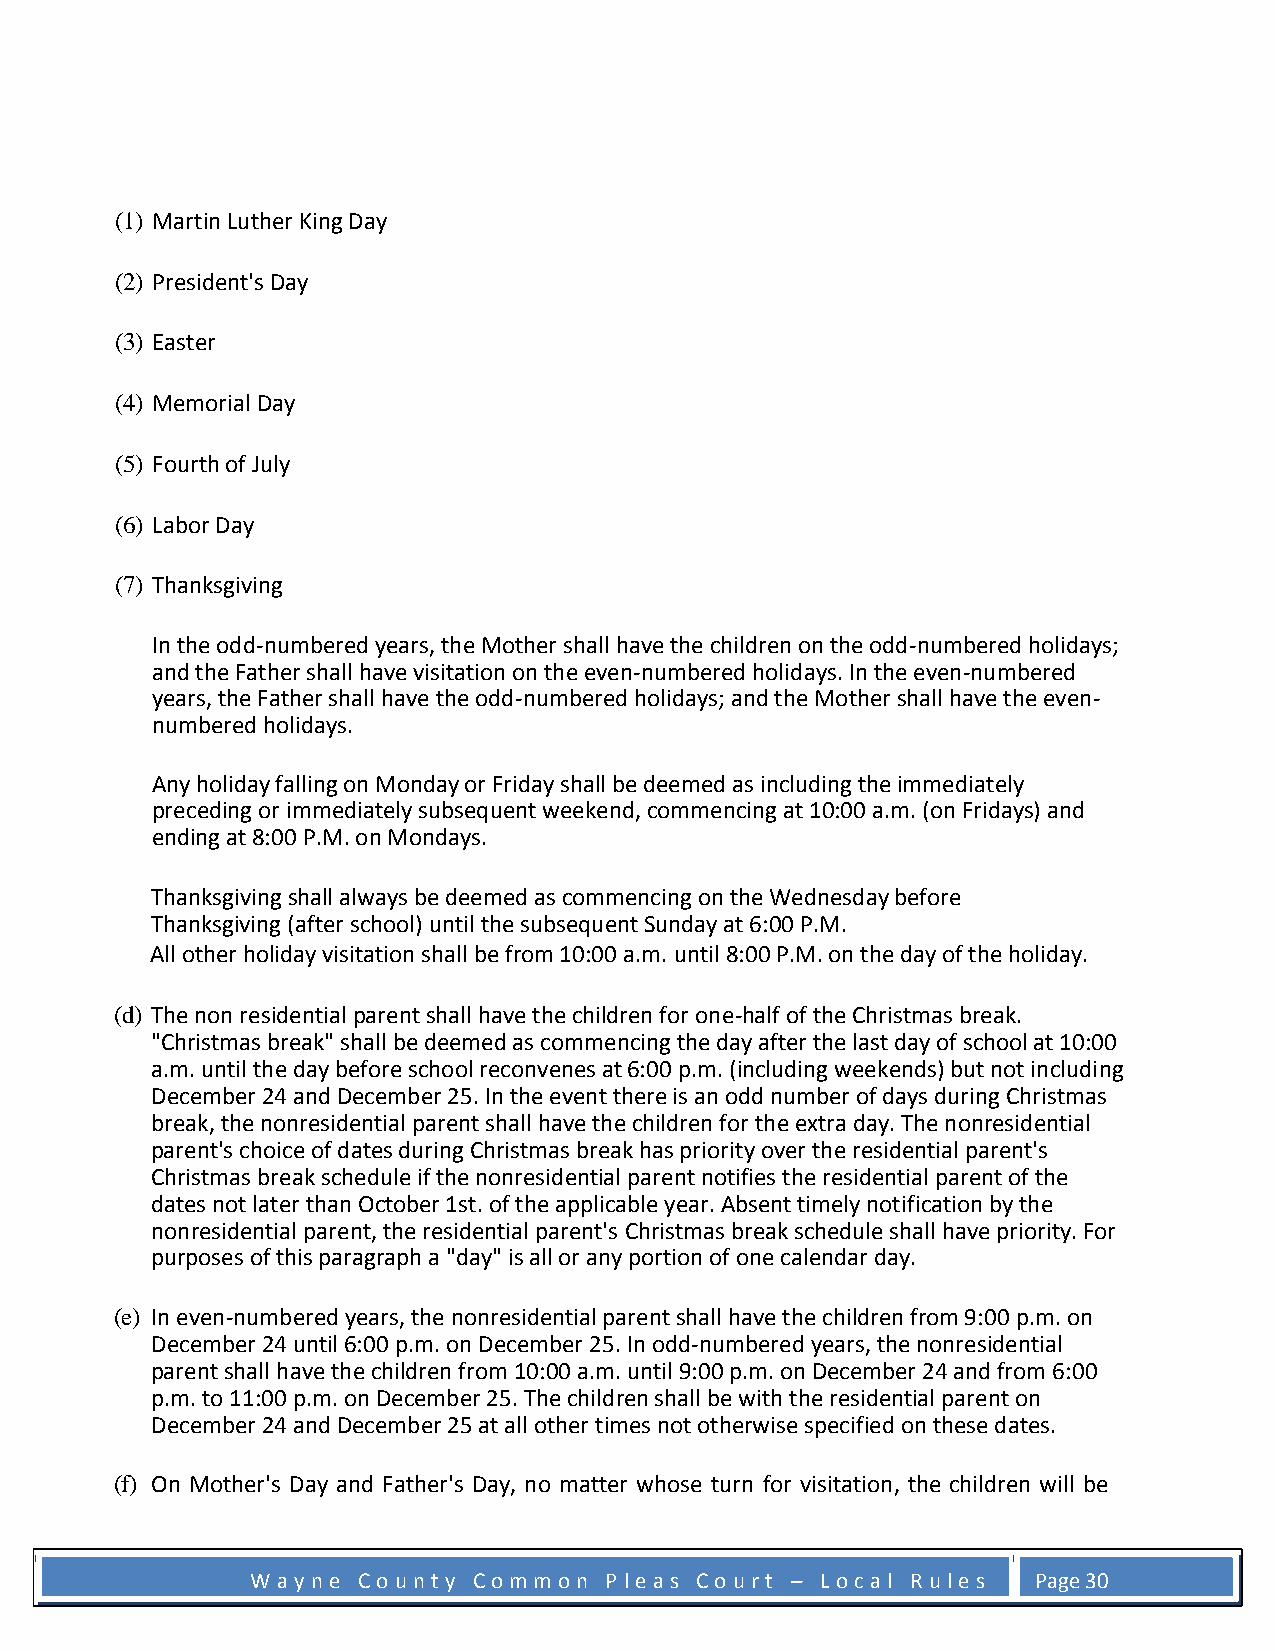
(1) Martin Luther King Day
 (2) President's Day
 (3) Easter
 (4) Memorial Day
 (5) Fourth of July
 (6) Labor Day
 (7) Thanksgiving
 In the odd-numbered years, the Mother shall have the children on the odd-numbered holidays;
 and the Father shall have visitation on the even-numbered holidays. In the even-numbered
 years, the Father shall have the odd-numbered holidays; and the Mother shall have the even-
 numbered holidays.
 Any holiday falling on Monday or Friday shall be deemed as including the immediately
 preceding or immediately subsequent weekend, commencing at 10:00 a.m. (on Fridays) and
 ending at 8:00 P.M. on Mondays.
 Thanksgiving shall always be deemed as commencing on the Wednesday before
 Thanksgiving (after school) until the subsequent Sunday at 6:00 P.M.
 All other holiday visitation shall be from 10:00 a.m. until 8:00 P.M. on the day of the holiday.
 (d) The non residential parent shall have the children for one-half of the Christmas break.
 "Christmas break" shall be deemed as commencing the day after the last day of school at 10:00
 a.m. until the day before school reconvenes at 6:00 p.m. (including weekends) but not including
 December 24 and December 25. In the event there is an odd number of days during Christmas
 break, the nonresidential parent shall have the children for the extra day. The nonresidential
 parent's choice of dates during Christmas break has priority over the residential parent's
 Christmas break schedule if the nonresidential parent notifies the residential parent of the
 dates not later than October 1st. of the applicable year. Absent timely notification by the
 nonresidential parent, the residential parent's Christmas break schedule shall have priority. For
 purposes of this paragraph a "day" is all or any portion of one calendar day.
 (e) In even-numbered years, the nonresidential parent shall have the children from 9:00 p.m. on
 December 24 until 6:00 p.m. on December 25. In odd-numbered years, the nonresidential
 parent shall have the children from 10:00 a.m. until 9:00 p.m. on December 24 and from 6:00
 p.m. to 11:00 p.m. on December 25. The children shall be with the residential parent on
 December 24 and December 25 at all other times not otherwise specified on these dates.
 (f) On Mother's Day and Father's Day, no matter whose turn for visitation, the children will be
 W a y n e C o u n t y C o m m o n P l e a s C o u r t – L o c a l R u l e s Page 30